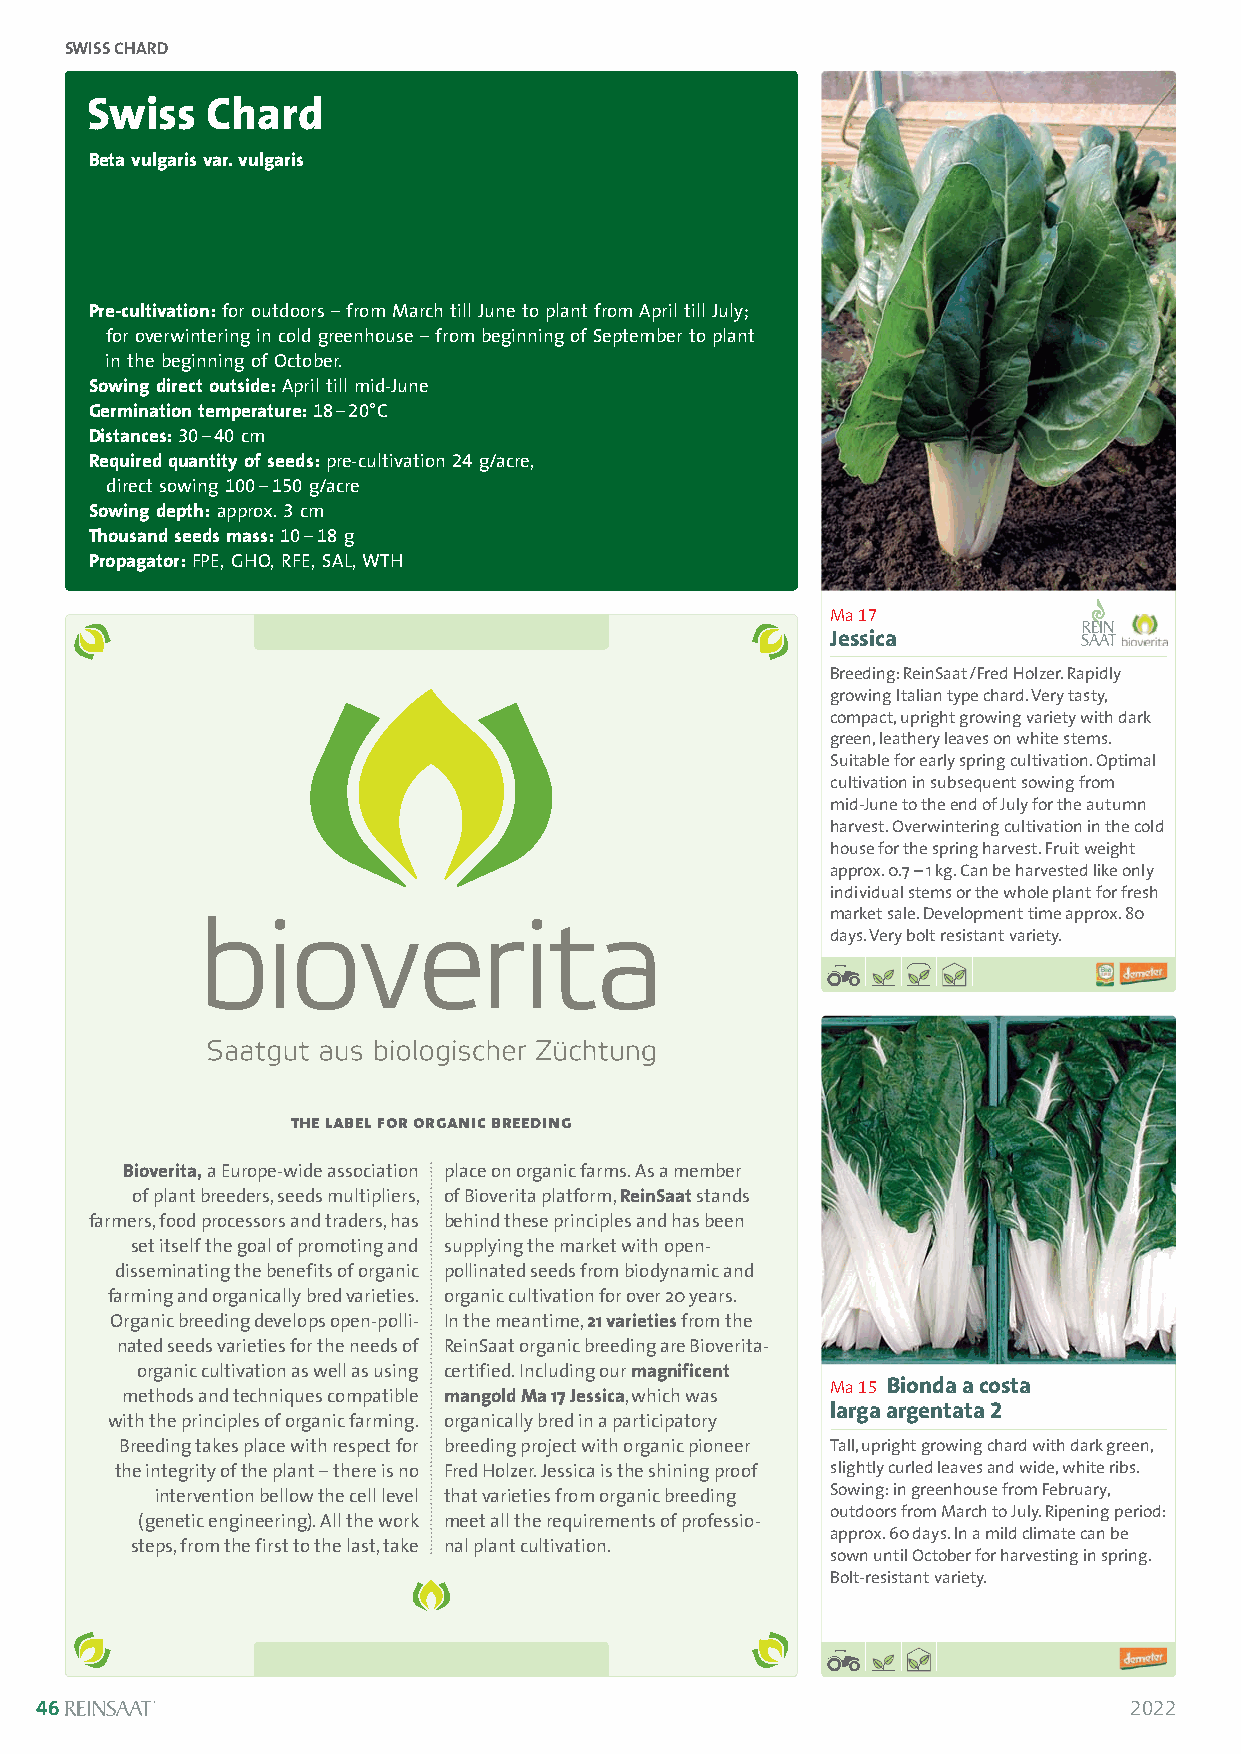
SWISS CHARD
 Swiss   Chard
 Beta vulgaris var. vulgaris
 Pre-cultivation:for outdoors – from March till June to plant from April till July;
 for overwintering in cold greenhouse – from beginning of September to plant
 in the beginning of October.
 Sowing direct outside: April till mid-June
 Germination temperature: 18–20°C
 Distances:30–40 cm
 Required quantity of seeds:pre-cultivation 24g/acre,
 direct sowing 100–150g/acre
 Sowing depth:approx. 3cm
 Thousand seeds mass:10–18 g
 Propagator: FPE, GHO, RFE, SAL, WTH
 Ma 17
 Jessica
 Breeding: ReinSaat/Fred Holzer. Rapidly
 growing Italian type chard. Very tasty,
 compact, upright growing variety with dark
 green, leathery leaves on white stems.
 Suitable for early spring cultivation. Optimal
 cultivation in subsequent sowing from
 mid-June to the end of July for the autumn
 harvest. Overwintering cultivation in the cold
 house for the spring harvest. Fruit weight
 approx. 0.7 –1 kg. Can be harvested like only
 individual stems or the whole plant for fresh
 market sale. Development time approx. 80
 days. Very bolt resistant variety.
 the label for organic breeding
 Bioverita,a Europe-wide association place on organic farms. As a member
 of plant breeders, seeds multipliers, of Bioverita platform, ReinSaatstands
 farmers, food processors and traders, has behind these principles and has been
 set itself the goal of promoting and supplying the market with open-
 disseminating the benefits of organic pollinated seeds from biodynamic and
 farming and organically bred varieties. organic cultivation for over 20 years.
 Organic breeding develops open-polli - In the meantime, 21 varietiesfrom the
 nated seeds varieties for the needs of ReinSaat organic breeding are Bioverita-
 organic cultivation as well as using certified. Including our magnificent
 Ma 15 Bionda a costa
 methods and techniques compatible mangold Ma 17 Jessica, which was
 larga argentata 2
 with the principles of organic farming. organically bred in a participatory
 Breeding takes place with respect for breeding project with organic pioneer Tall, upright growing chard with dark green,
 the integrity of the plant –there is no Fred Holzer. Jessica is the shining proof slightly curled leaves and wide, white ribs.
 intervention bellow the cell level that varieties from organic breeding Sowing: in greenhouse from February,
 outdoors from March to July. Ripening period:
 (genetic engineering). All the work meet all the requirements of professio-
 approx. 60 days. In a mild climate can be
 steps, from the first to the last, take nal plant cultivation.
 sown until October for harvesting in spring.
 Bolt-resistant variety.
 46                                                                       2022